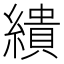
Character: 繢